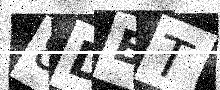
Text: 8DBT